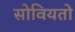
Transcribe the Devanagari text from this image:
सोवियतो